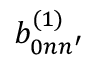
b _ { 0 n n ^ { \prime } } ^ { ( 1 ) }